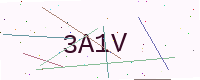
Text: 3A1V